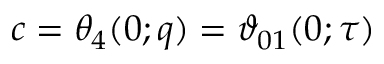
c = \theta _ { 4 } ( 0 ; q ) = \vartheta _ { 0 1 } ( 0 ; \tau )